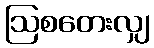
ဩစတေးလျှ